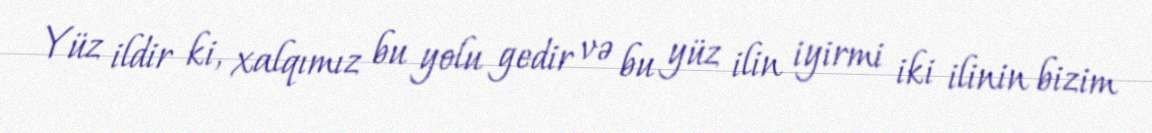
Yüz ildir ki, xalqımız bu yolu gedir və bu yüz ilin iyirmi iki ilinin bizim